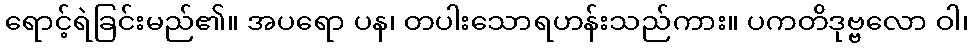
ရောင့်ရဲခြင်းမည်၏။ အပရော ပန၊ တပါးသောရဟန်းသည်ကား။ ပကတိဒုဗ္ဗလော ဝါ၊